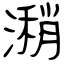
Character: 潲